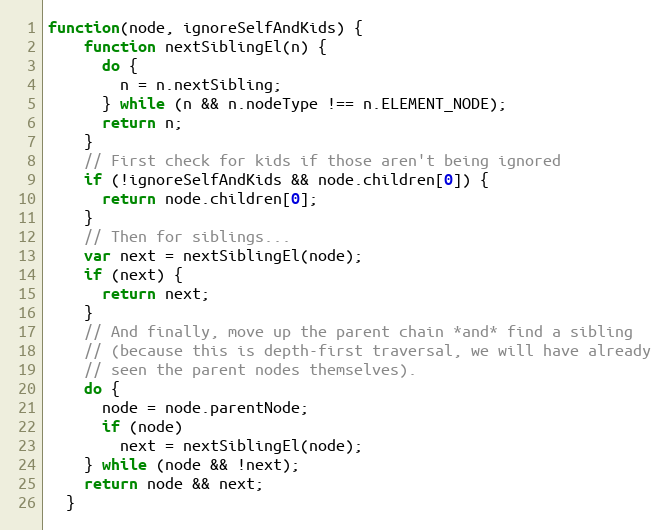
Language: JavaScript
function(node, ignoreSelfAndKids) {
    function nextSiblingEl(n) {
      do {
        n = n.nextSibling;
      } while (n && n.nodeType !== n.ELEMENT_NODE);
      return n;
    }
    // First check for kids if those aren't being ignored
    if (!ignoreSelfAndKids && node.children[0]) {
      return node.children[0];
    }
    // Then for siblings...
    var next = nextSiblingEl(node);
    if (next) {
      return next;
    }
    // And finally, move up the parent chain *and* find a sibling
    // (because this is depth-first traversal, we will have already
    // seen the parent nodes themselves).
    do {
      node = node.parentNode;
      if (node)
        next = nextSiblingEl(node);
    } while (node && !next);
    return node && next;
  }